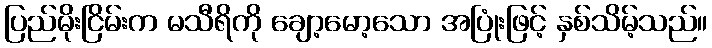
ပြည်မိုးငြိမ်းက မသီရိကို ချော့မော့သော အပြုံးဖြင့် နှစ်သိမ့်သည်။